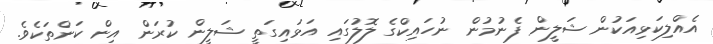
އެއްލިކަޅިއަކުން ޝަލީން ފެނުމުން ނުހައިކްގެ ލޮލުގައި އަޅައިގަތީ ޝަލީން ކުރަން އިން ކަންތަކެވެ.